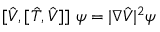
[ \hat { V } , [ \hat { T } , \hat { V } ] ] \ \psi = | \nabla \hat { V } | ^ { 2 } \psi